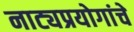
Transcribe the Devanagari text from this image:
नाट्यप्रयोगांचे